65_HS1-834228961_62-HQ-83894_Section_8
Agency: FBI
Page 74
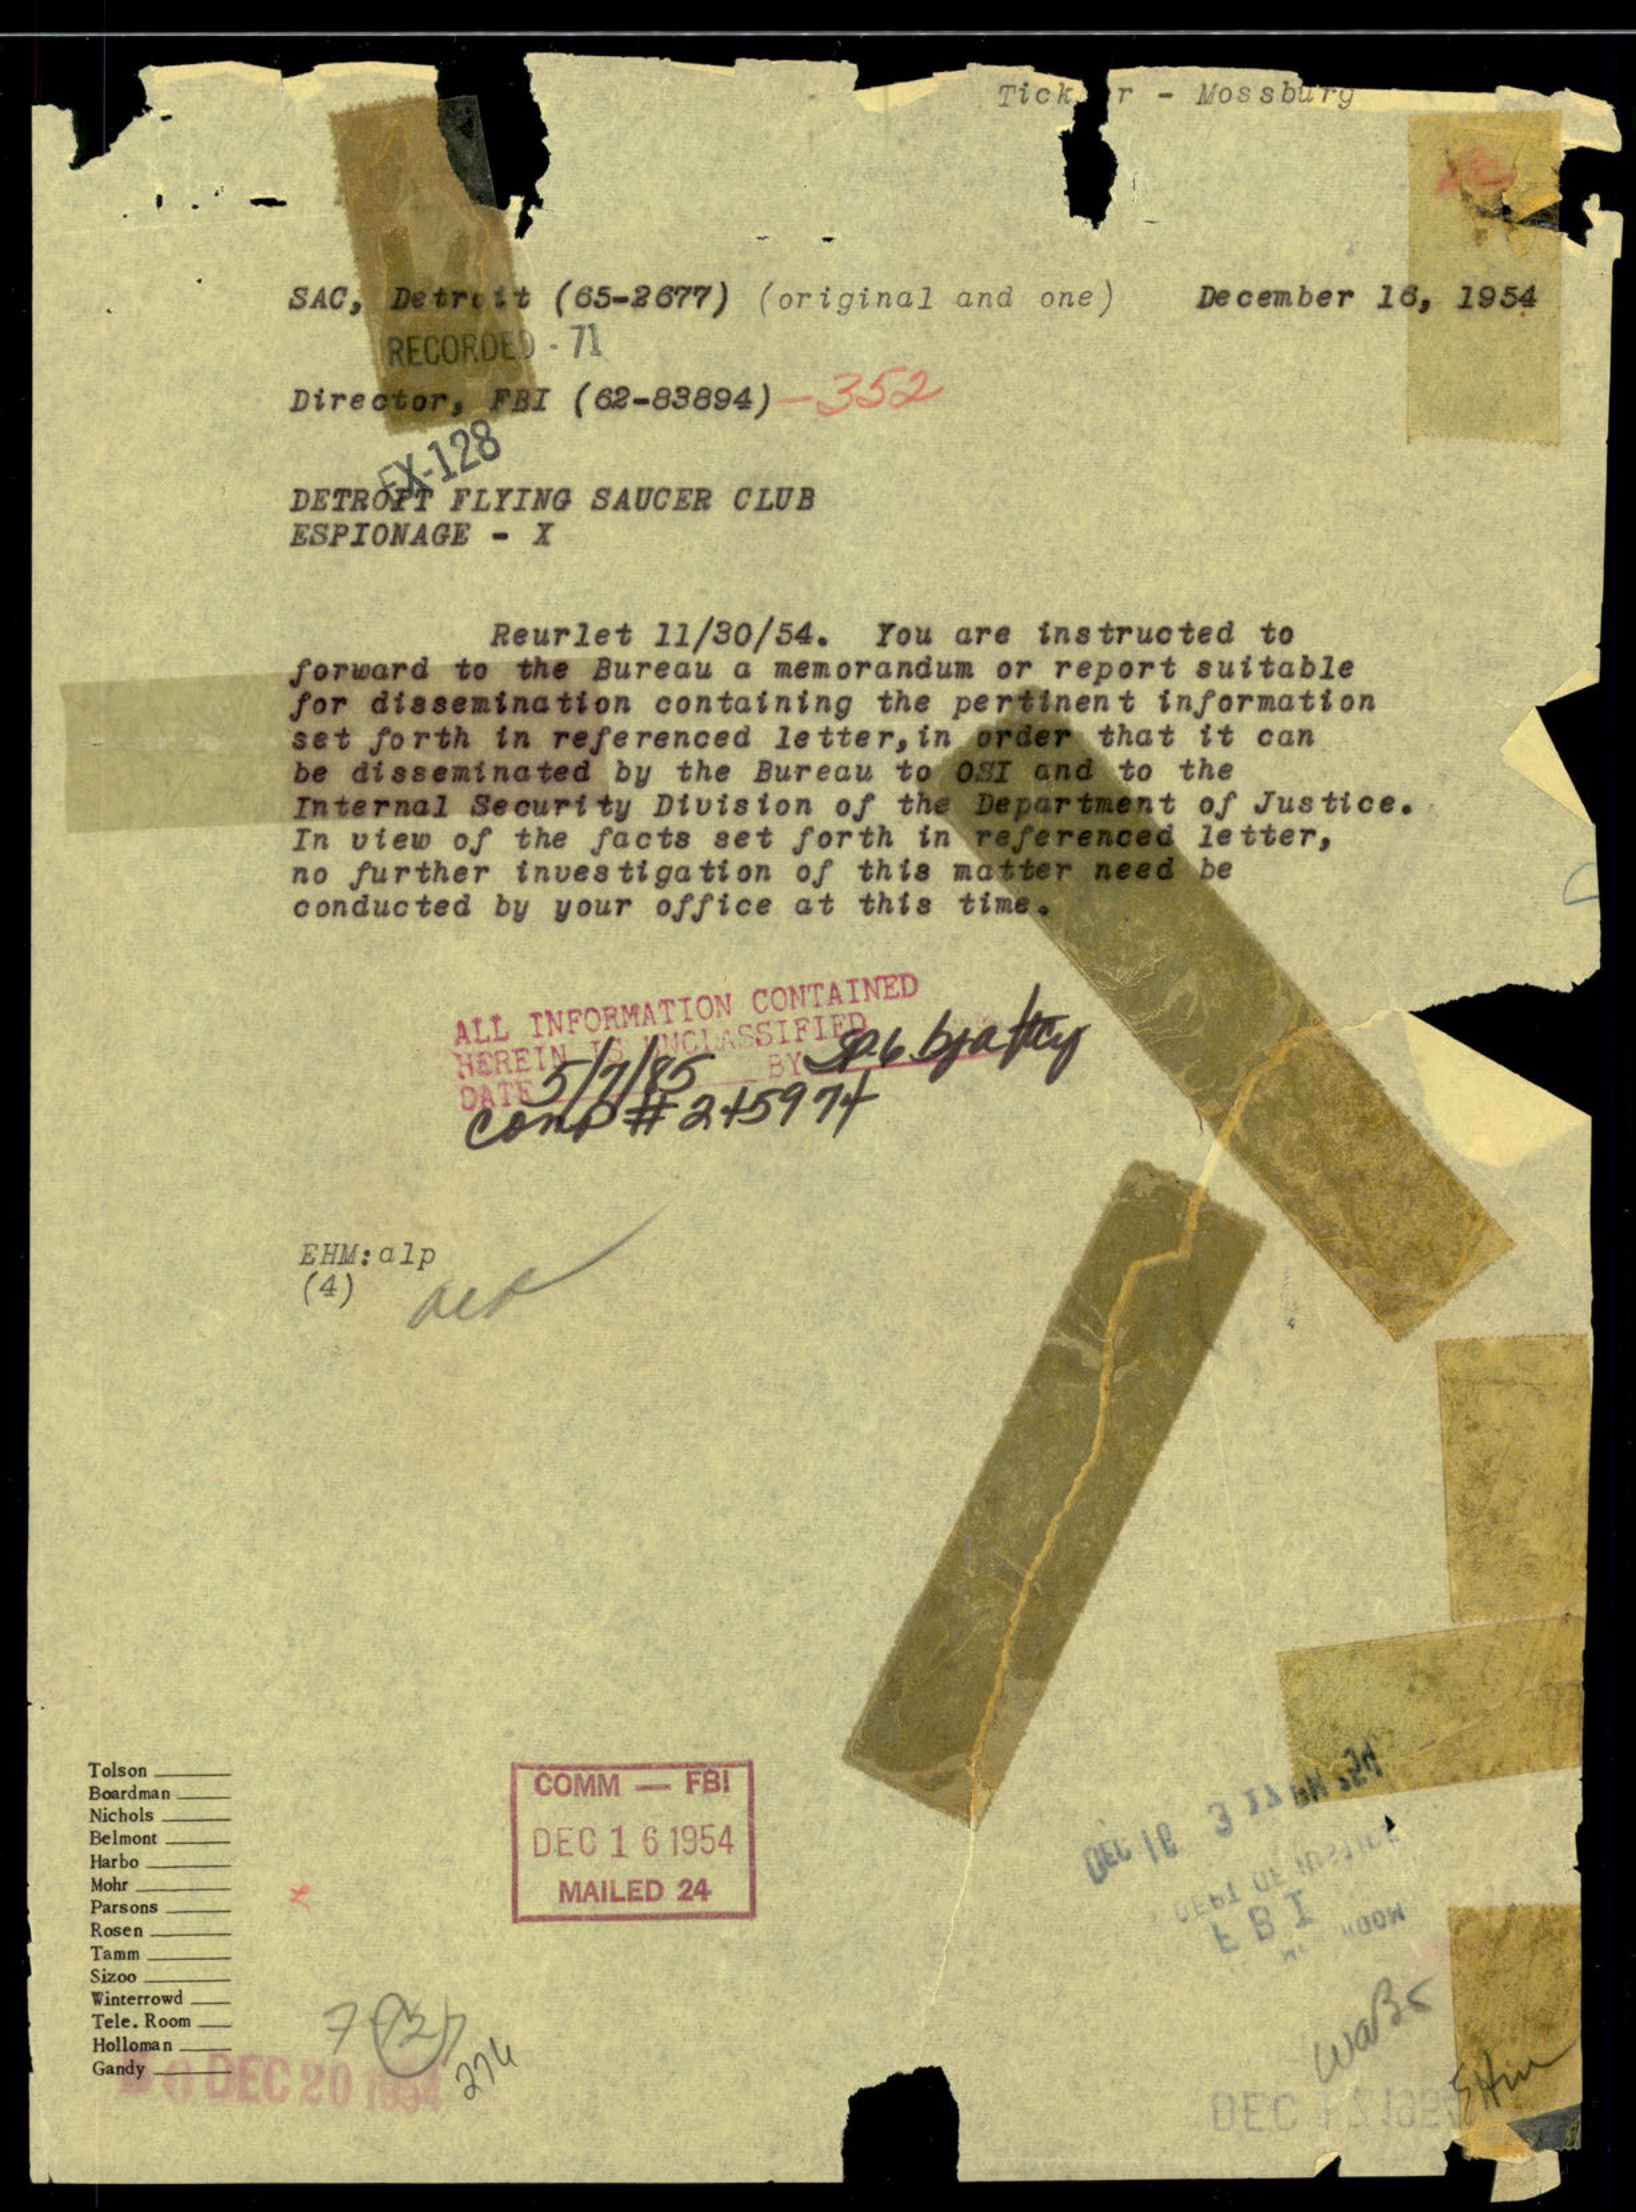